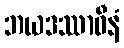
ဘယဒဿာဝီနံ